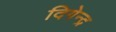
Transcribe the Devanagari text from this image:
दिगेन्द्र